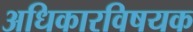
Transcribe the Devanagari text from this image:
अधिकारविषयक